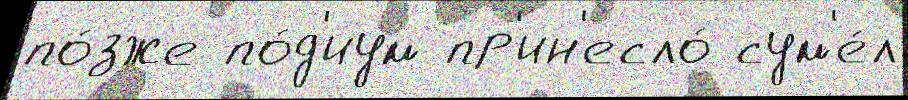
по́зже по́д'иум пр'ин'есло́ сум'е́л